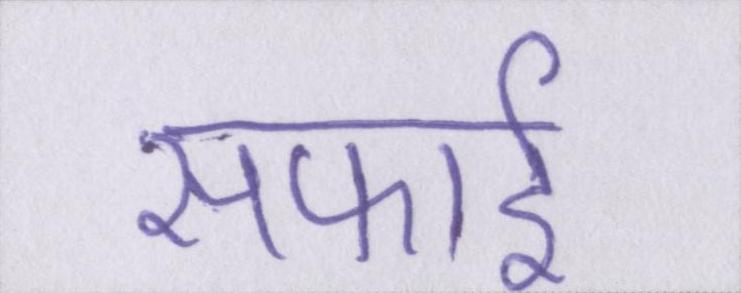
सफाई